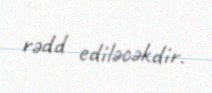
rədd ediləcəkdir.